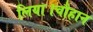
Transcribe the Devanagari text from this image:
लिया।चौहान